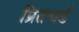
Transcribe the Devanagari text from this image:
प्रितचर्ड